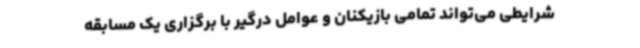
شرایطی می‌تواند تمامی بازیکنان و عوامل درگیر با برگزاری یک مسابقه